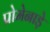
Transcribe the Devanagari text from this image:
प्रोमेनाड़े